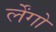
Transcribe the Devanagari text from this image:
र्लेंगो